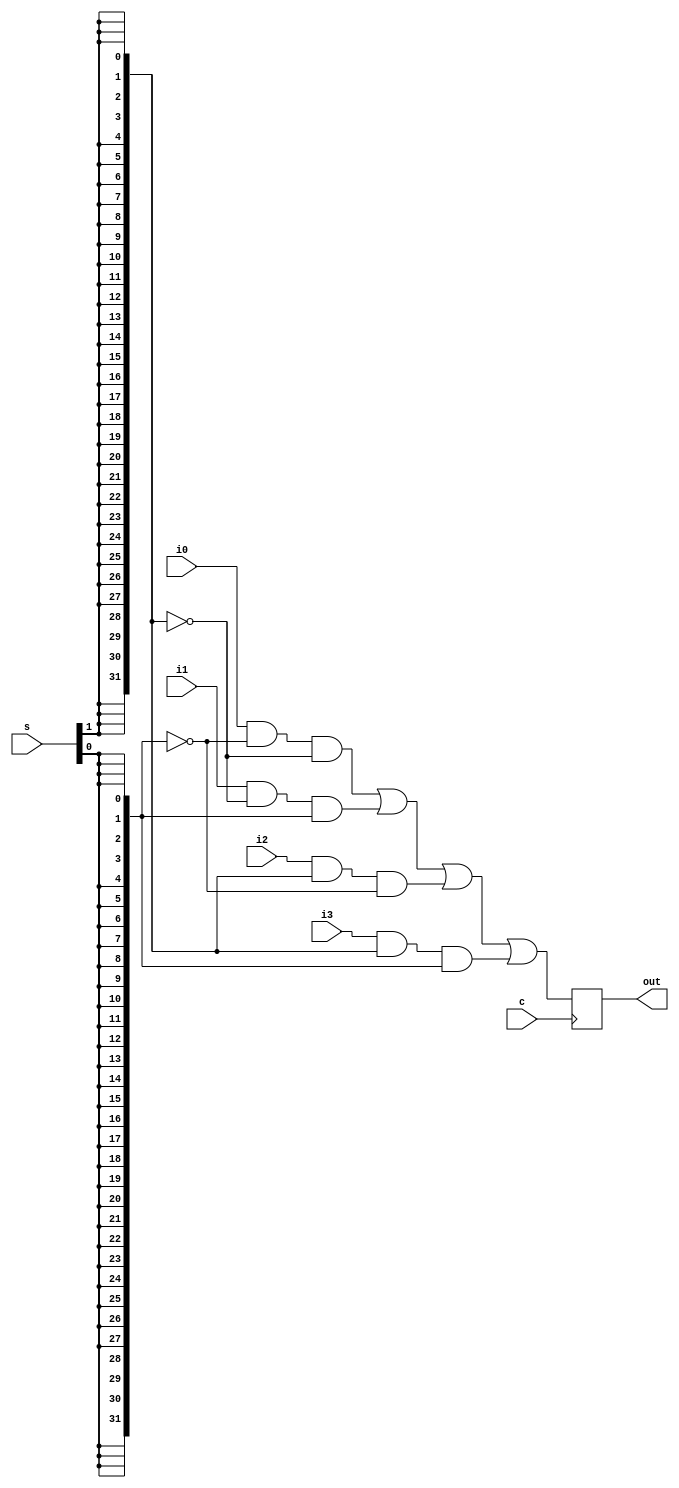
module mux2_4(i0,i1,i2,i3,s,out,c);
input [31:0]i0,i1,i2,i3;
input c;
input [1:0]s;
output [31:0]out;
wire [31:0]o;
reg [31:0]out;

wire [31:0]s1,s2;

assign s1[0]=s[0];
assign s1[1]=s[0];
assign s1[2]=s[0];
assign s1[3]=s[0];

assign s1[4]=s[0];
assign s1[5]=s[0];
assign s1[6]=s[0];
assign s1[7]=s[0];

assign s1[8]=s[0];
assign s1[9]=s[0];
assign s1[10]=s[0];
assign s1[11]=s[0];

assign s1[12]=s[0];
assign s1[13]=s[0];
assign s1[14]=s[0];
assign s1[15]=s[0];

assign s1[16]=s[0];
assign s1[17]=s[0];
assign s1[18]=s[0];
assign s1[19]=s[0];

assign s1[20]=s[0];
assign s1[21]=s[0];
assign s1[22]=s[0];
assign s1[23]=s[0];

assign s1[24]=s[0];
assign s1[25]=s[0];
assign s1[26]=s[0];
assign s1[27]=s[0];

assign s1[28]=s[0];
assign s1[29]=s[0];
assign s1[30]=s[0];
assign s1[31]=s[0];



assign s2[0]=s[1];
assign s2[1]=s[1];
assign s2[2]=s[1];
assign s2[3]=s[1];

assign s2[4]=s[1];
assign s2[5]=s[1];
assign s2[6]=s[1];
assign s2[7]=s[1];

assign s2[8]=s[1];
assign s2[9]=s[1];
assign s2[10]=s[1];
assign s2[11]=s[1];

assign s2[12]=s[1];
assign s2[13]=s[1];
assign s2[14]=s[1];
assign s2[15]=s[1];

assign s2[16]=s[1];
assign s2[17]=s[1];
assign s2[18]=s[1];
assign s2[19]=s[1];

assign s2[20]=s[1];
assign s2[21]=s[1];
assign s2[22]=s[1];
assign s2[23]=s[1];

assign s2[24]=s[1];
assign s2[25]=s[1];
assign s2[26]=s[1];
assign s2[27]=s[1];

assign s2[28]=s[1];
assign s2[29]=s[1];
assign s2[30]=s[1];
assign s2[31]=s[1];


assign o =i0 & ~s1 & ~s2 | i1 & ~s2 & s1 | i2 & s2 & ~s1  | i3 & s2 & s1;


	always @ (posedge c)
	   begin 
		 out<=o;
	   end



endmodule